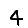
Digit: 4